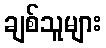
ချစ်သူများ